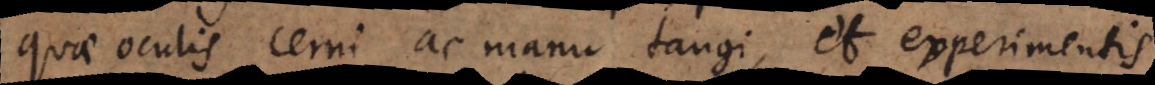
quae oculis cerni ac manu tangi, et experimentis